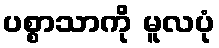
ပစ္စာသာကို မူလပုံ